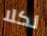
لكلا